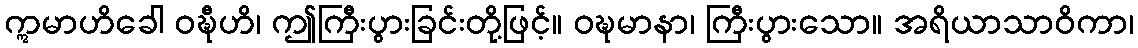
ဣမာဟိခေါ ဝဍ္ဎီဟိ၊ ဤကြီးပွားခြင်းတို့ဖြင့်။ ဝဍ္ဎမာနာ၊ ကြီးပွားသော။ အရိယာသာဝိကာ၊